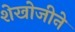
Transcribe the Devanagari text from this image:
शेखोजीने